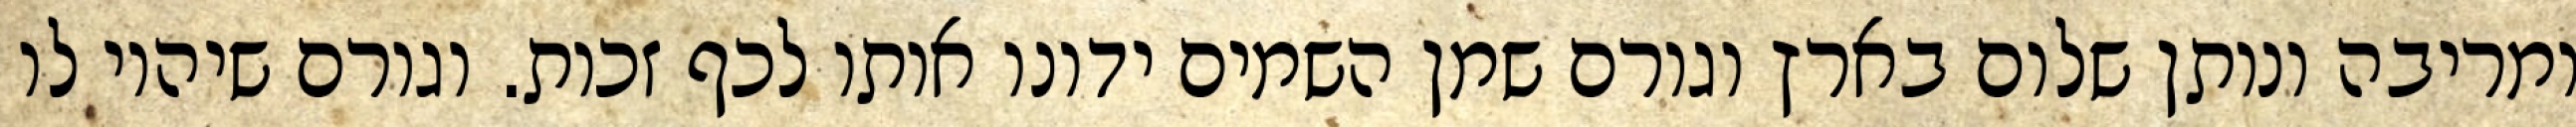
ומריבה ונותן שלום בארץ וגורם שמן השמים ידונו אותו לכף זכות. וגורם שיהיו לו